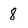
Character: 8